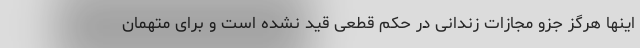
اینها هرگز جزو مجازات زندانی در حکم قطعی قید نشده است و برای متهمان